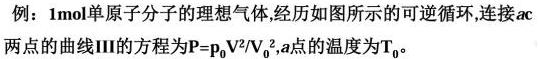
例：$1mol$单原子分子的理想气体,经历如图所示的可逆循环,连接$ac$两点的曲线$III$的方程为$P = P_0V^2/V_0^2$,$a$点的温度为$T_0$。